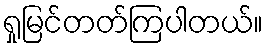
ရှုမြင်တတ်ကြပါတယ်။